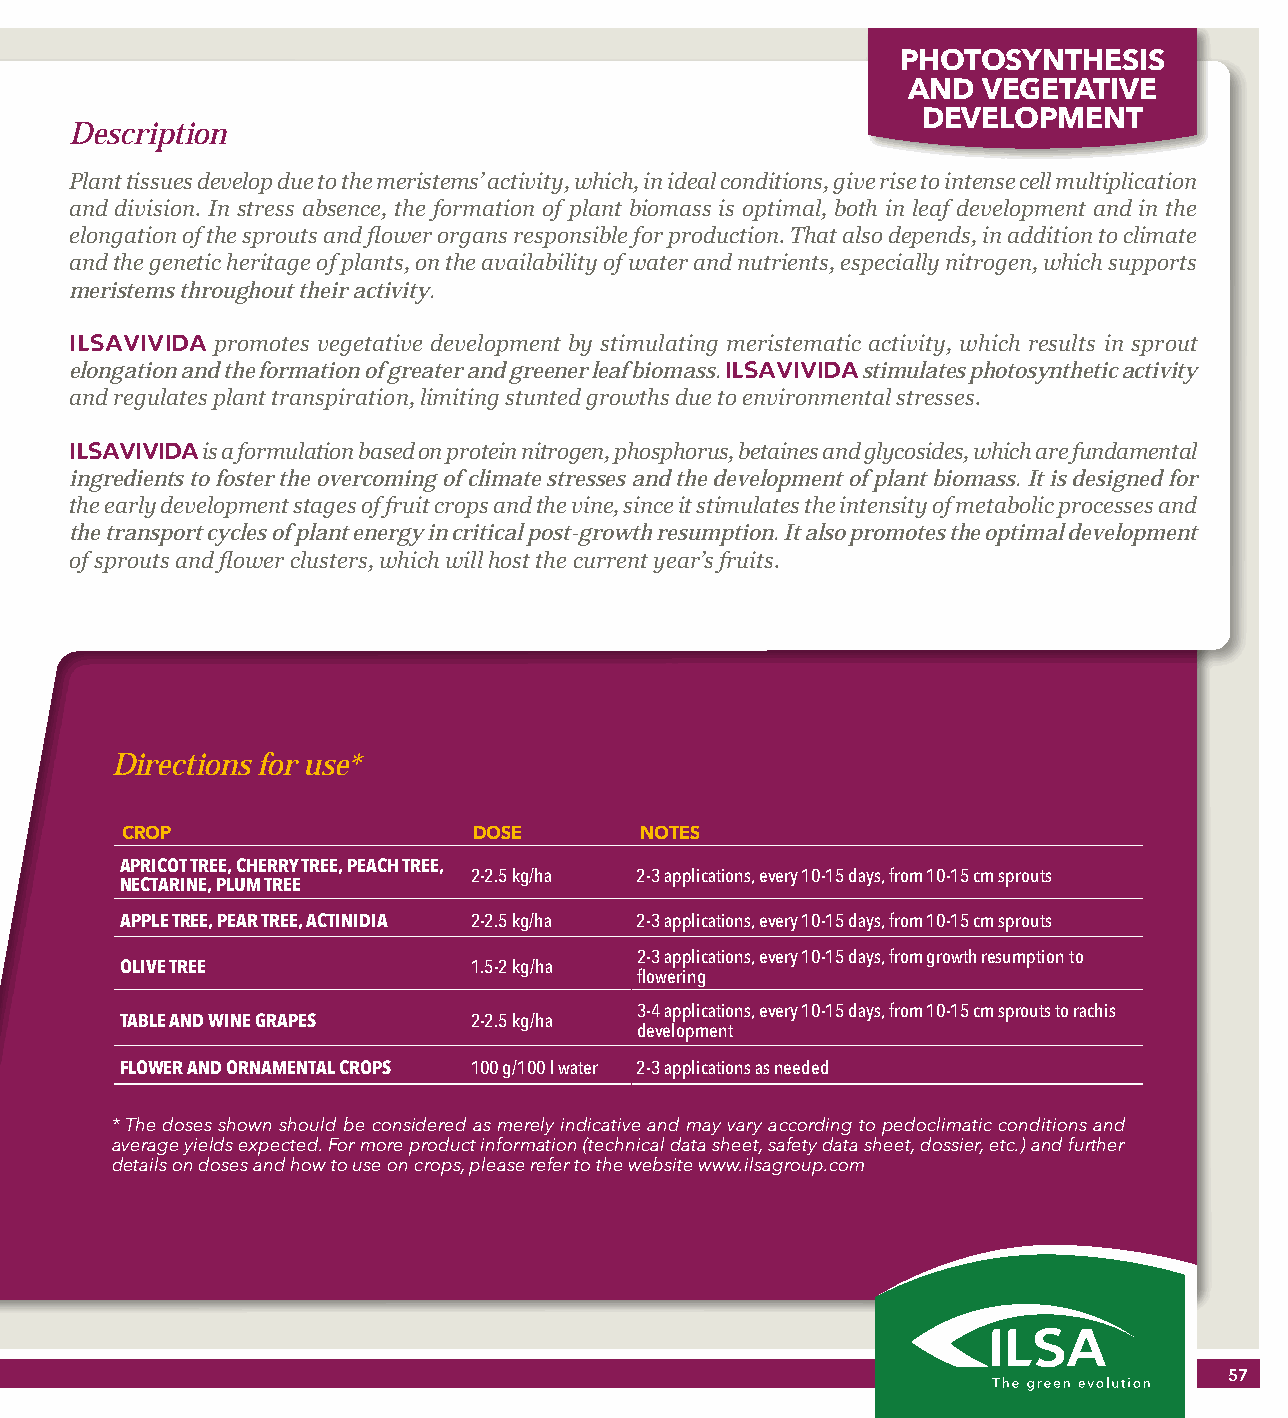
PHOTOSYNTHESIS
 AND  VEGETATIVE
 DEVELOPMENT
 Description
 Plant tissues develop due to the meristems’ activity, which, in ideal conditions, give rise to intense cell multiplication
 and division. In stress absence, the formation of plant biomass is optimal, both in leaf development and in the
 elongation of the sprouts and flower organs responsible for production. That also depends, in addition to climate
 and the genetic heritage of plants, on the availability of water and nutrients, especially nitrogen, which supports
 meristems throughout their activity.
 ILSAVIVIDA promotes vegetative development by stimulating meristematic activity, which results in sprout
 elongation and the formation of greater and greener leaf biomass. ILSAVIVIDA stimulates photosynthetic activity
 and regulates plant transpiration, limiting stunted growths due to environmental stresses.
 ILSAVIVIDA is a formulation based on protein nitrogen, phosphorus, betaines and glycosides, which are fundamental
 ingredients to foster the overcoming of climate stresses and the development of plant biomass. It is designed for
 the early development stages of fruit crops and the vine, since it stimulates the intensity of metabolic processes and
 the transport cycles of plant energy in critical post-growth resumption. It also promotes the optimal development
 of sprouts and flower clusters, which will host the current year’s fruits.
 Directions for use*
 CROP                   DOSE       NOTES
 APRICOT TREE, CHERRY TREE, PEACH TREE,
 2-2.5 kg/ha 2-3 applications, every 10-15 days, from 10-15 cm sprouts
 NECTARINE, PLUM TREE
 APPLE TREE, PEAR TREE, ACTINIDIA 2-2.5 kg/ha 2-3 applications, every 10-15 days, from 10-15 cm sprouts
 2-3 applications, every 10-15 days, from growth resumption to
 OLIVE TREE             1.5-2 kg/ha
 flowering
 3-4 applications, every 10-15 days, from 10-15 cm sprouts to rachis
 TABLE AND WINE GRAPES  2-2.5 kg/ha
 development
 FLOWER AND ORNAMENTAL CROPS 100 g/100 l water 2-3 applications as needed
 * The doses shown should be considered as merely indicative and may vary according to pedoclimatic conditions and
 average yields expected. For more product information (technical data sheet, safety data sheet, dossier, etc.) and further
 details on doses and how to use on crops, please refer to the website www.ilsagroup.com
 57